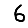
Digit: 6